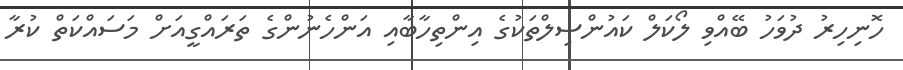
ހޮނިހިރު ދުވަހު ބޭއްވި ލޯކަލް ކައުންސިލްތަކުގެ އިންތިހާބާއި އަންހެނުންގެ ތަރައްގީއަށް މަސައްކަތް ކުރާ